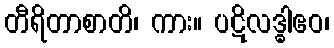
တီရိတာစာတိ၊ ကား။ ပဋိလဒ္ဓါဧဝ၊